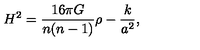
H ^ { 2 } = { \frac { 1 6 \pi G } { n ( n - 1 ) } } \rho - { \frac { k } { a ^ { 2 } } } ,